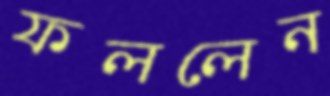
ফললেন